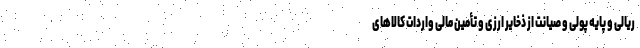
ریالی ‌و پایه پولی و صیانت از ذخایر ارزی و تأمین مالی واردات کالاهای